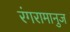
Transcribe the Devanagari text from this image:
रंगरामानुज